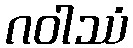
ဂဝါဿံ